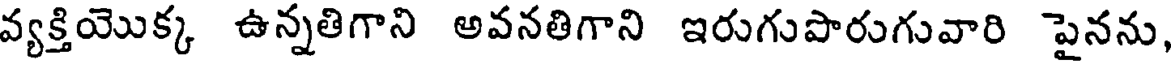
వ్యక్తియొక్క ఉన్నతిగాని అవనతిగాని ఇరుగుపారుగువారి పైనను,